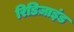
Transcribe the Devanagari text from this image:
रिडिज़ाइंड